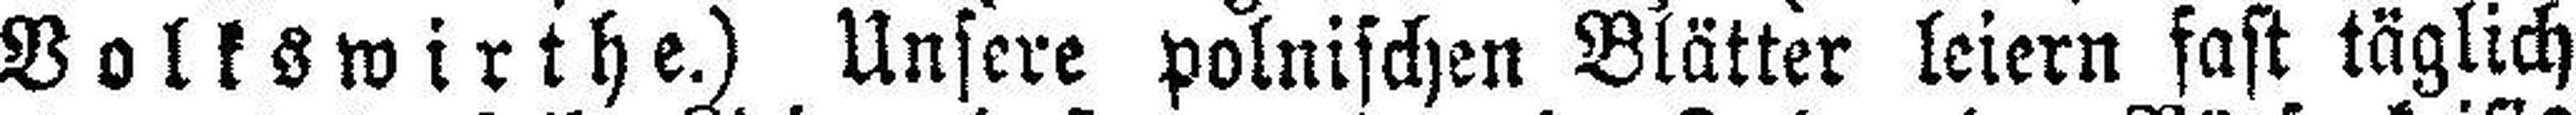
Volkswirthe.) Unsere polnischen Blätter leiern fast täglich